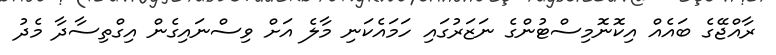
ރާއްޖޭގެ ބައެއް އިކޮނޮމިސްޓުންގެ ނަޒަރުގައި ހަމައެކަނި މާލެ އަށް ވިސްނައިގެން އިގްތިސާދާ މެދު